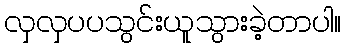
လှလှပပသွင်းယူသွားခဲ့တာပါ။